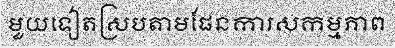
មួយទៀតស្របតាមផែនការសកម្មភាព